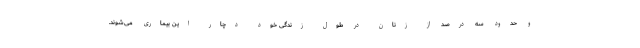
و حدود سه درصد از زنان در طول زندگی خود دچار این بیماری می‌شوند.